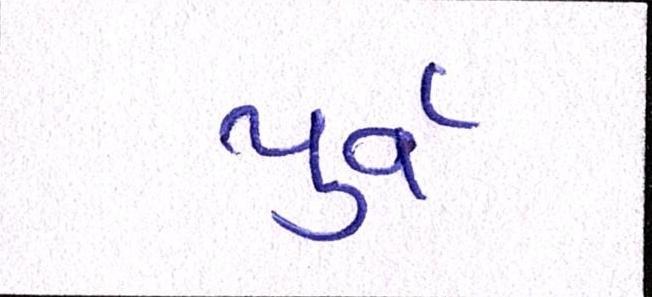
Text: પુર્વ